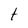
Character: t